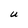
Character: U